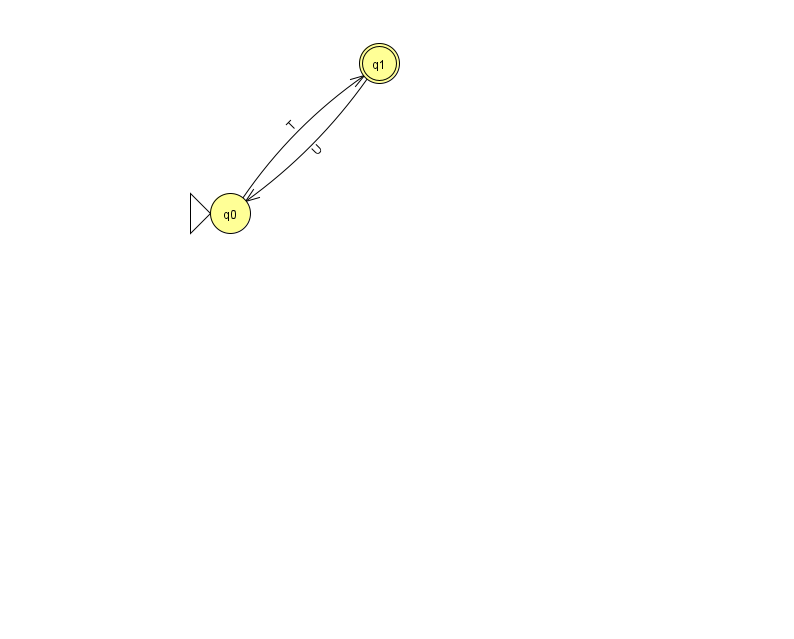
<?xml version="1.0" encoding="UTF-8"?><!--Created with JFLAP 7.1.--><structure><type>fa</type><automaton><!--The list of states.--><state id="0" name="q0"><x>230.0</x><y>200.0</y><initial/></state><state id="1" name="q1"><x>379.0</x><y>50.0</y><final/></state><!--The list of transitions.--><transition><from>1</from><to>0</to><read>U</read></transition><transition><from>0</from><to>1</to><read>T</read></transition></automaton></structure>